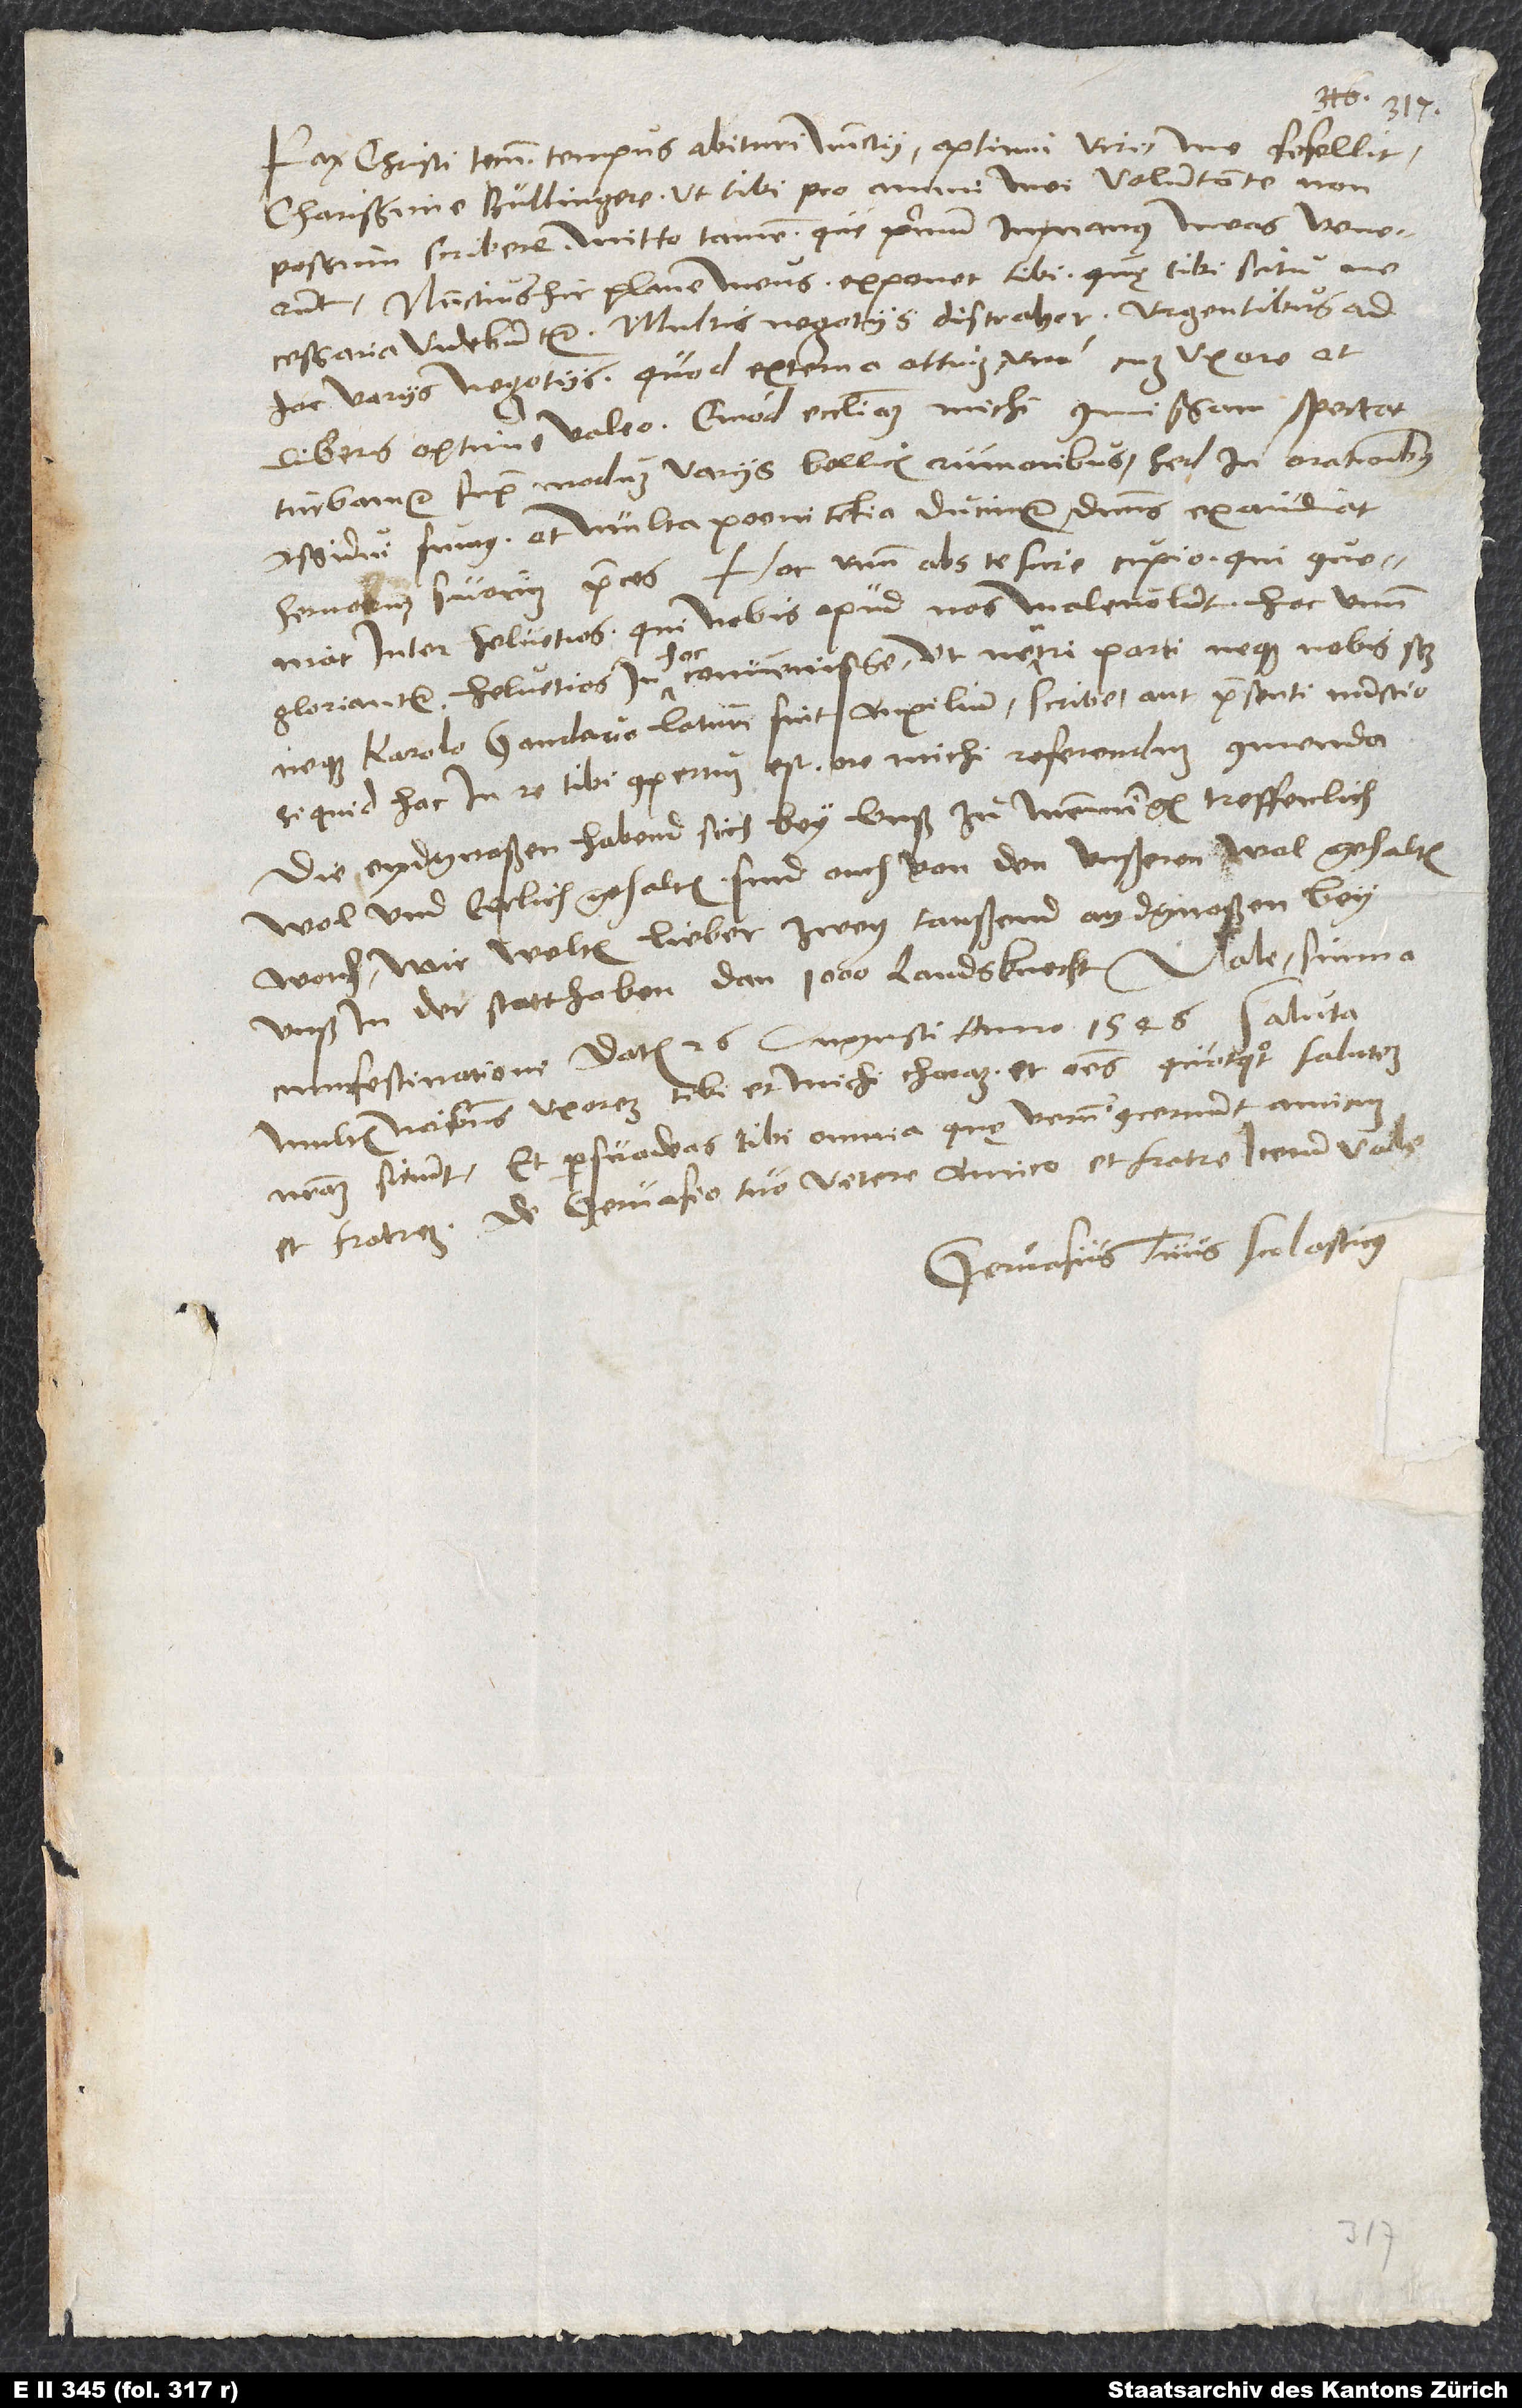
Pax Christi tecum. Tempus abituri nunctii, optimi viri, me fefellit,
charissime Bullingere, ut tibi pro animi mei voluntate non
possum scribere. Mitto tamen, quę primum in manus meas venerunt.
Nunctius hic plane meus exponet tibi, quę tibi scitu
necessaria videbuntur. Multis negotiis distrahor urgentibus ad
hoc variis negotiis. Quod externa attinet, una cum uxore et
liberis optime valeo. Quod ecclesiam michi commissam spectat,
turbamur supra modum variis bellicis rumoribus, sed in orationibus
assidui sumus et multa poenitentia ducimur. Dominus exaudiat
servorum suorum preces! Hoc unum abs te scire cupio, qui conveniat
inter Helvetios. Qui nobis apud nos malevolunt, hoc unum
gloriantur: Helvetios in hoc convenisse, ut neutri parti, neque nobis scilicet
neque Karolo Gandavo, laturi sint auxilium. Scribe aut praesenti nunctio,
si quid hac in re tibi compertum est, ore michi referendum commenda.
Die Eydgnoßen habend sich bey unß zu Memmingen treffenlich
wol und eerlich gehalten. Sind ouch von den unßern wol gehalten
worden. Wir welten lieber zwey taußend Aydgnoßen bey
unß in der statt haben dan 1’000 landsknecht! Vale. Summa
cum festinatione datum 26. augusti anno 1546. Saluta
multis nominibus uxorem tibi et michi charam et omnes, quotquot salutem
nostram sitiunt, et persuadeas tibi omnia, quę verum concernunt amicum
et fratrem, de Gervasio tuo vetere amico et fratre. Iterum vale.
Gervasius tuus Scolasticus.